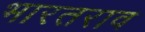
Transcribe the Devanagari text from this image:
भारतराव